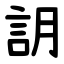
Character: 䚴